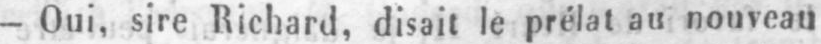
- Oui, sire Richard, disait le prélat au nouveau